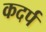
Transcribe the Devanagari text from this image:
कदर्प